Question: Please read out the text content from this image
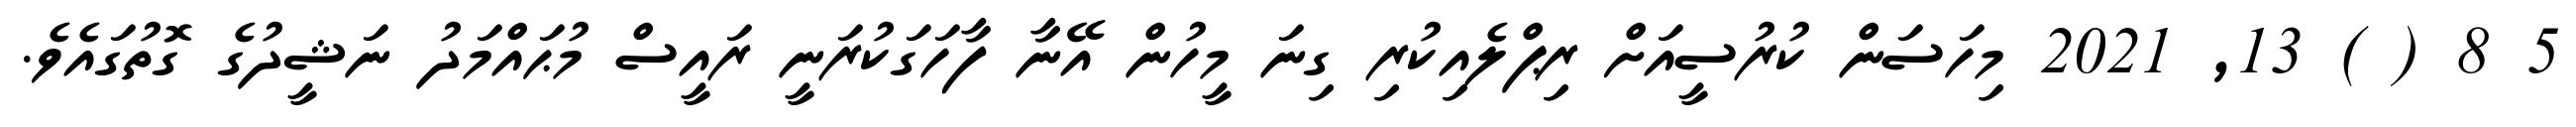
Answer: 5 8 ( ) 13, 2021 މިހަސަން ކުރުސީއަށް ރިޕްލެއިކުރި ގިނަ މީހުން އޭނާ ފާހަގަކުރަނީ ރައީސް މުޙައްމަދު ނަޝީދުގެ ގޮތުގައެވެ.